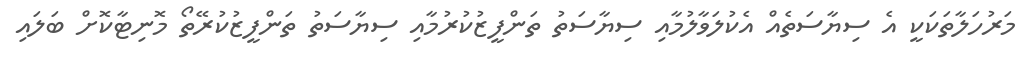
މަރުހަލާތަކަކީ އެ ސިޔާސަތެއް އެކުލަވާލުމާއި ސިޔާސަތު ތަންފީޒުކުރުމާއި ސިޔާސަތު ތަންފީޒުކުރޭތޯ މޮނިޓާކޮށް ބަލައި